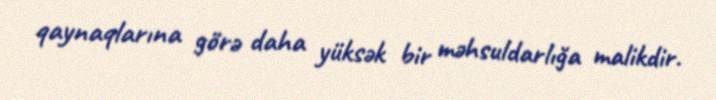
qaynaqlarına görə daha yüksək bir məhsuldarlığa malikdir.